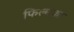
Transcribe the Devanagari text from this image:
फिल्मका